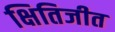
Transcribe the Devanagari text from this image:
क्षितिजीत